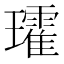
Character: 𭺑